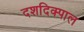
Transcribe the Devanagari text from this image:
दशदिक्पाल